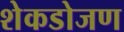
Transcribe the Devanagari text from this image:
शेकडोजण